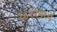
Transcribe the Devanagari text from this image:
१८२१मध्ये